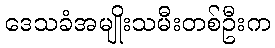
ဒေသခံအမျိုးသမီးတစ်ဦးက